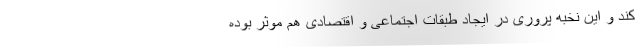
کند و این نخبه پروری در ایجاد طبقات اجتماعی و اقتصادی هم موثر بوده